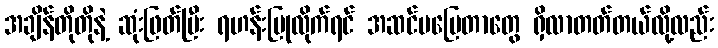
အချိန်တိုတိုနဲ့ ဆုံးဖြတ်ပြီး ရဟန်းပြုလိုက်ရင် အဆင်မပြေတာတွေ ရှိလာတတ်တယ်လို့လည်း